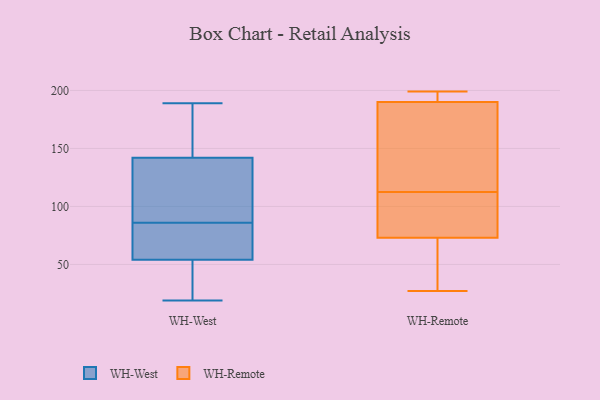
{"axis": {"x": "Active Users", "y": "Value"}, "legend": ["WH-Remote", "WH-West"], "data": [{"x": "", "y": 54, "type": "WH-West"}, {"x": "", "y": 142, "type": "WH-West"}, {"x": "", "y": 43, "type": "WH-West"}, {"x": "", "y": 104, "type": "WH-West"}, {"x": "", "y": 149, "type": "WH-West"}, {"x": "", "y": 142, "type": "WH-West"}, {"x": "", "y": 87, "type": "WH-West"}, {"x": "", "y": 100, "type": "WH-West"}, {"x": "", "y": 149, "type": "WH-West"}, {"x": "", "y": 189, "type": "WH-West"}, {"x": "", "y": 75, "type": "WH-West"}, {"x": "", "y": 85, "type": "WH-West"}, {"x": "", "y": 38, "type": "WH-West"}, {"x": "", "y": 60, "type": "WH-West"}, {"x": "", "y": 139, "type": "WH-West"}, {"x": "", "y": 31, "type": "WH-West"}, {"x": "", "y": 19, "type": "WH-West"}, {"x": "", "y": 77, "type": "WH-West"}, {"x": "", "y": 88, "type": "WH-Remote"}, {"x": "", "y": 186, "type": "WH-Remote"}, {"x": "", "y": 83, "type": "WH-Remote"}, {"x": "", "y": 87, "type": "WH-Remote"}, {"x": "", "y": 63, "type": "WH-Remote"}, {"x": "", "y": 194, "type": "WH-Remote"}, {"x": "", "y": 60, "type": "WH-Remote"}, {"x": "", "y": 195, "type": "WH-Remote"}, {"x": "", "y": 112, "type": "WH-Remote"}, {"x": "", "y": 37, "type": "WH-Remote"}, {"x": "", "y": 169, "type": "WH-Remote"}, {"x": "", "y": 199, "type": "WH-Remote"}, {"x": "", "y": 199, "type": "WH-Remote"}, {"x": "", "y": 147, "type": "WH-Remote"}, {"x": "", "y": 27, "type": "WH-Remote"}, {"x": "", "y": 113, "type": "WH-Remote"}]}